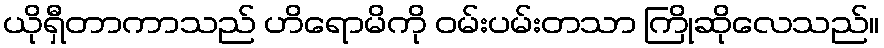
ယိုရှီတာကာသည် ဟိရောမိကို ဝမ်းပမ်းတသာ ကြိုဆိုလေသည်။